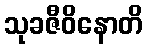
သုခဇီဝိနောတိ